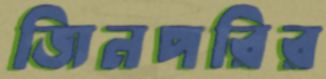
জিনপরির